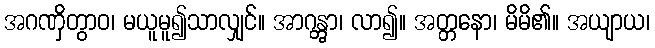
အဂဏှိတွာဝ၊ မယူမူ၍သာလျှင်။ အာဂန္တွာ၊ လာ၍။ အတ္တနော၊ မိမိ၏။ အယျာယ၊